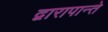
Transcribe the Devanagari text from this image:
द्वारापान्ते